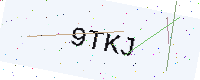
Text: 9TKJ